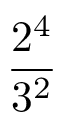
\frac { 2 ^ { 4 } } { 3 ^ { 2 } }